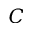
C